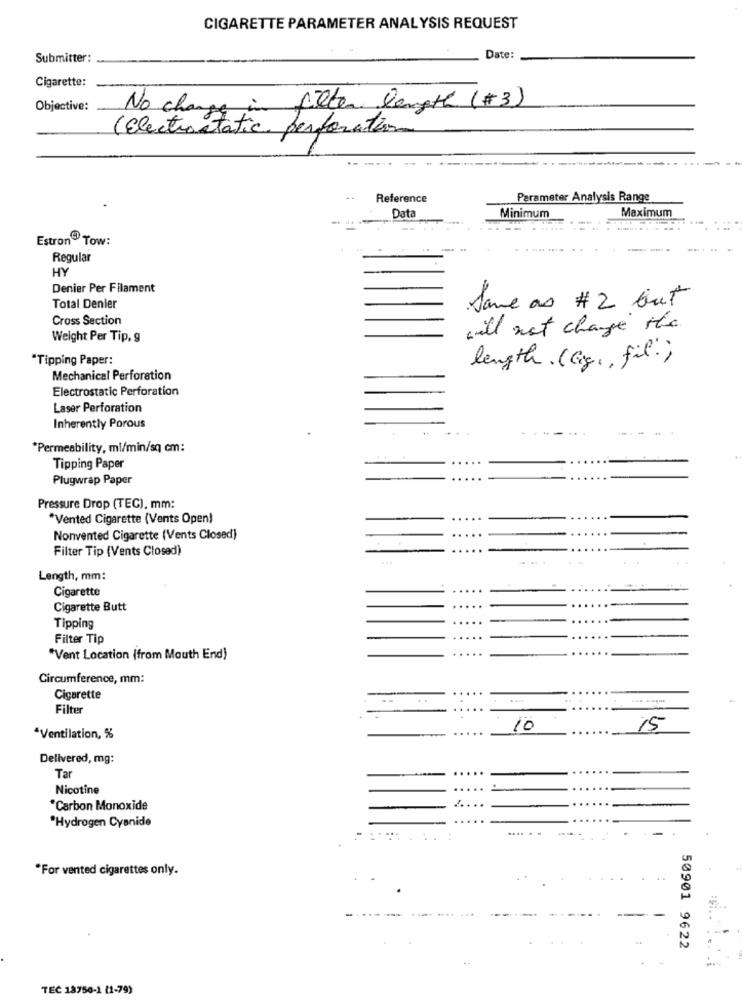
CIGARETTE PARAMETER ANALYSIS REQUEST
Submitter:
Date:
Cigarette:
Objective:
No change in filter length (#3)
( Electrostatic perforation
Reference
Parameter Analysis Range
Data
Maximum
Minimum
Estron Tow:
Regular
HY
Denier Per Filament
Total Denier
Same as # 2 but
Cross Section
will not change the
Weight Per Tip, g
"Tipping Paper:
length . (Gig ., fil.)
Mechanical Perforation
Electrostatic Perforation
Laser Perforation
Inherently Porous
*Permeability, ml/min/sq cm:
Tipping Paper
Plugwrap Paper
Pressure Drop (TEC), mm:
*Vented Cigarette (Vents Open)
Nonvented Cigarette (Vents Closed)
Filter Tip (Vents Closed)
....
. .
Length, mm:
Cigarette
Cigarette Butt
Tipping
Filter Tip
"Vent Location (from Mouth End)
Circumference, mm:
..
Cigarette
Filter
..
10
15
*Ventilation, %
Delivered, mg:
Tar
..
Nicotine
"Carbon Monoxide
*Hydrogen Cyanide
*For vented cigarettes only.
50901 9622
-
TEC 18750-1 (1-79)